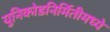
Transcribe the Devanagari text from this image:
युनिकोडनिर्मितीमध्ये